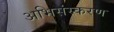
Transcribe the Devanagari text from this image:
अभिसंस्करण